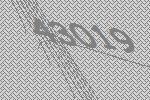
43019